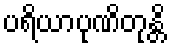
ပရိယာပုဏိတုန္တိ